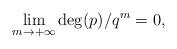
LaTeX: \begin{align*} \lim_{m \to +\infty} \deg(p)/q^m=0,\end{align*}